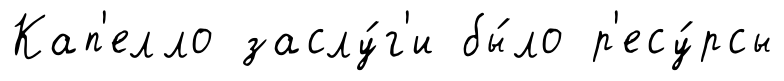
Кап'елло заслу́г'и бы́ло р'есу́рсы